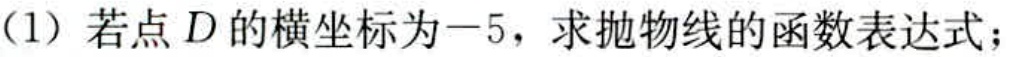
(1) 若点\(D\)的横坐标为\(-5\)，求抛物线的函数表达式；